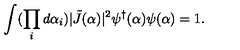
\int ( \prod _ { i } d \alpha _ { i } ) \vert \tilde { J } ( \alpha ) \vert ^ { 2 } \psi ^ { \dagger } ( \alpha ) \psi ( \alpha ) = 1 .